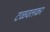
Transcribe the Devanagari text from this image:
टळवलकर